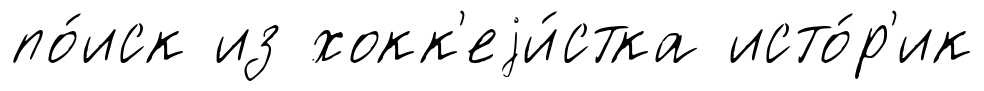
по́иск из хокк'еjи́стка исто́р'ик